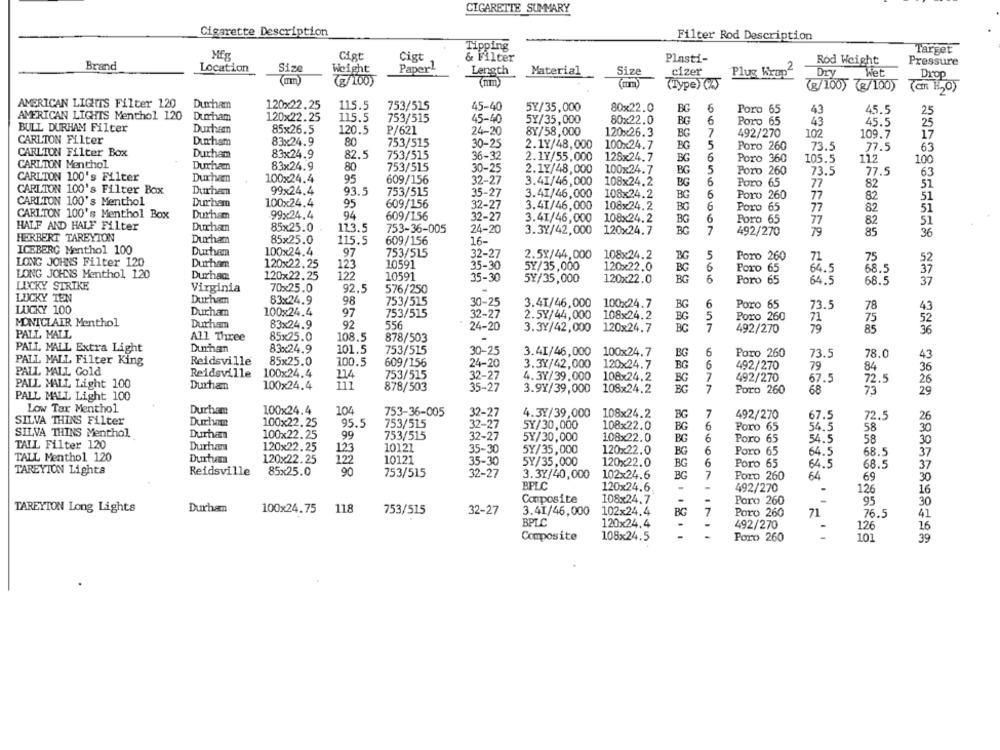
CIGARETTE SUMMARY
Cigarette Description
Filter Rod Description
Tipping
Target
MES
Cigt
Cigt
& Filter
Plasti-
Rod Weight
Pressure
Brand
Location
Size
Paper1
Weight
Length
Material
Size
cizer
Plug Wrap
Dry
Wet
Drop
(g/100)
(mm)
(Type)(.)
(g/100) (g/100)
(CIT H2O)
AMERICAN LIGHTS Filter 120
Durham
120x22.25
115.5
753/515
45-40
5Y/35,000
80×22.0
BO
6
Poro 65
43
45.5
25
AMERICAN LIGHTS Menthol 120
Durham
120x22.25
115.5
753/515
45-40
5Y/35,000
80x22.0
6
Poro 65
BG
43
45.5
25
BULL DURHAM Filter
Durham
85x26.5
120.5
P/621
24-20
8Y/58,000
120x26.3
BG
7
492/270
102
109.7
17
CARLTON Filter
Durham
83x24.9
80
753/515
30-25
2.1Y/48,000
100x24.7
BG
5
Poro 260
73.5
77.5
63
CARLTON Filter Box
Durham
83x24.9
82.5
753/515
36-32
2.1Y/55.000
128x24.7
6
Poro 360
CARLTON Menthol
Durham
83×24.9
BG
105.5
112
100
80
753/515
30-25
2.17/48,000
100x24.7
BG
5
Poro 260
73.5
77.5
63
CARLTON 100's Filter
Durhan
100x24.4
95
609/156
32-27
3.41/46,000
108x24.2
BG
6
Poro 65
77
82
51
CARLTON 100's Filter Box
Durhan
99x24.4
93.5
753/515
35-27
3.41/46,000
108x24.2
BG
6
Poro 260
77
CARLTON 100's Menthol
Durham
100x24.4
82
51
95
609/156
32-27
3.41/46,000
108x24.2
BG
6
Poro 65
77
82
51
CARLTON 100's Menthol Box
Durham
99x24.4
94
609/156
32-27
3.41/46,000
108x24.2
BG
Poro 65
77
82
51
HALF AND HALF Filter
Durhan
85x25.0
11.3.5
753-36-005
24-20
3.3Y/42,000
120x24.7
BG
7
492/270
79
85
36
HERBERT TAREYION
Durham
85x25.0
115.5
609/156
16-
ICEBERG Menthol 100
Durham
100x24.4
97
753/515
32-27
2.5X/44,000
108x24.2
5
71
LONG JOHNS Filter 120
Durham
Poro 260
75
52
120x22.25
123
10591
35-30
5Y/35,000
120x22.0
BG
6
Foro 65
64.5
37
LONG JOHNS Menthol 120
Durham
120x22.25
122
10591
35-30
BG
68.5
LUCKY STRIKE
5Y/35,000
120x22.0
6
Poro 65
64.5
68. 5
37
Virginia
70x25.0
92.5
576/250
LUCKY TEN
Durham
83×24.9
98
753/515
30-25
3.41/46,000
100x24.7
BG
6
Poro 65
73.5
78
43
LUCKY 100
Durham
100x24.4
97
753/515
32-27
2.5Y/44,000
108x24.2
5
Poro 260
MONTCLAIR Menthol
BG
71
75
52
Durham
83x24.9
92
556
24-20
3.3Y/42,000
120x24.7
BC
7
492/270
79
85
36
PALL MALL
All Three
85x25.0
108.5
878/503
PALL MALL Extra Light
Durhan
83x24.9
101.5
753/515
30-25
3.41/46,000
100x24.7
BG
6
Poro 260
Reidsville
85x25.0
73.5
78.0
43
PALL MALL Filter King
100.5
609/156
24-20
3.3Y/42,000
120x24.7
BG
6
492/270
79
84
36
PALL MALL Gold
Reidsville
100x24.4
114
753/515
32-27
4.3Y/39,000
108×24.2
BG
7
492/270
67.5
72.5
26
PALL MALL Light 100
Durham
100x24.4
878/503
35-27
3.9Y/39,000
108x24.2
BG
7
Poro 260
68
73
29
PALL MALL Light 100
Low Tar Menthol
Durham
100x24.4
104
753-36-005
32-27
7
SILVA THINS Filter
4.37/39,000
108x24.2
BG
492/270
67.5
72.5
26
Duchan
100x22.25
95.5
753/515
32-27
5Y/30,000
108×22.0
6
Poro 65
54.5
58
30
SILVA THINS Menthol
Durham
100x22.25
753/515
BG
32-27
5Y/30,000
108×22.0
BG
6
Poro 65
54.5
58
30
TAIL Filter 120
Durham
120x22.25
123
10121
35-30
5Y/35,000
120x22.0
6
Poro 65
68.5
TALL Menthol 120
Durham
BG
64.5
37
120x22.25
122
10121
35-30
5Y/35,000
120x22.0
BG
6
Poro 65
64.5
68.5
37
TAREYION Lights
Reidsville
85x25.0
90
753/515
32-27
3.37/40,000
102x24.6
BG
7
Poro 260
64
69
30
BPLC
120x24.6
492/270
126
16
Composite
108x24.7
Poro 260
95
30
TAREYION Long Lights
Durham
100x24.75
118
753/515
102×24.4
BG
7
32-27
3.41/46,000
Poro 260
71
76.5
41
BPLC
120x24.4
492/270
126
16
Composite
108×24.5
. .
Poro 260
101
39